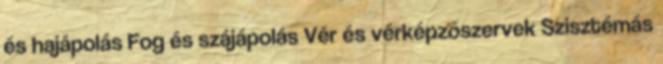
és hajápolás Fog és szájápolás Vér és vérképzőszervek Szisztémás